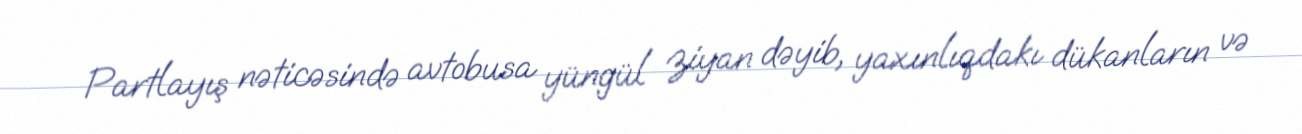
Partlayış nəticəsində avtobusa yüngül ziyan dəyib, yaxınlıqdakı dükanların və